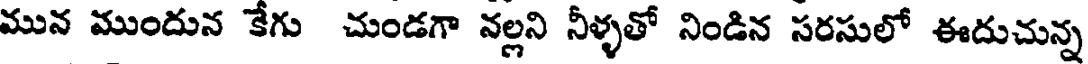
మున ముందున కేగు చుండగా నల్లని నీళ్ళతో నిండిన సరసులో ఈదుచున్న